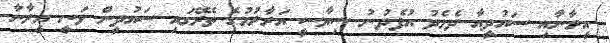
އީރާނާއި ސައުދީއާ ދެމެދު އުފެދުނު ސިޔާސީ އަރާރުމުގެ ތެރޭގައި ސައުދީން ވަނީ އީރާނާ